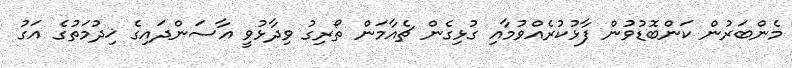
މެންބަރުން ކަންބޮޑުވުން ފާޅުކުރެއްވުމާއި ގުޅިގެން ޗެއާމަން ތޯރިގު ވިދާޅުވީ އާސަންދައިގެ ޚިދުމަތުގެ އަގު